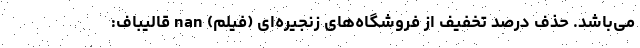
می‌باشد. حذف درصد تخفیف از فروشگاه‌های زنجیره‌ای (فیلم) nan قالیباف: